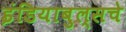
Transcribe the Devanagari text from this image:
इंडियाबुल्सचे